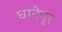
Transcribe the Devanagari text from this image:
घानेपूर